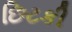
છિટકી